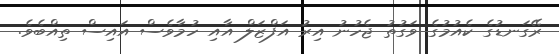
ރޭގަނޑުގެ ކެއުމުގެ ވަގުތު ޖެހުނު އިރު އަފްޒަލް އާއި ހުމާވެސް އައިސް ތިއްބެވެ.